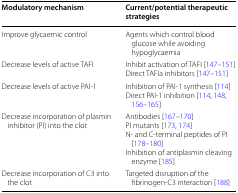
<table><thead><tr><td><b>Modulatory mechanism</b></td><td><b>Current/potential therapeutic strategies</b></td></tr></thead><tbody><tr><td>Improve glycaemic control</td><td>Agents which control blood glucose while avoiding hypoglycaemia</td></tr><tr><td>Decrease levels of active TAFI</td><td>Inhibit activation of TAFI [147–151]Direct TAFIa inhibitors [147–151]</td></tr><tr><td>Decrease levels of active PAI-1</td><td>Inhibition of PAI-1 synthesis [114]Direct PAI-1 inhibition [114, 148, 156–165]</td></tr><tr><td>Decrease incorporation of plasmin inhibitor (PI) into the clot</td><td>Antibodies [167–170]PI mutants [173, 174]N- and C-terminal peptides of PI [178–180]Inhibition of antiplasmin cleaving enzyme [185]</td></tr><tr><td>Decrease incorporation of C3 into the clot</td><td>Targeted disruption of the fibrinogen-C3 interaction [188]</td></tr></tbody></table>